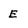
Character: e